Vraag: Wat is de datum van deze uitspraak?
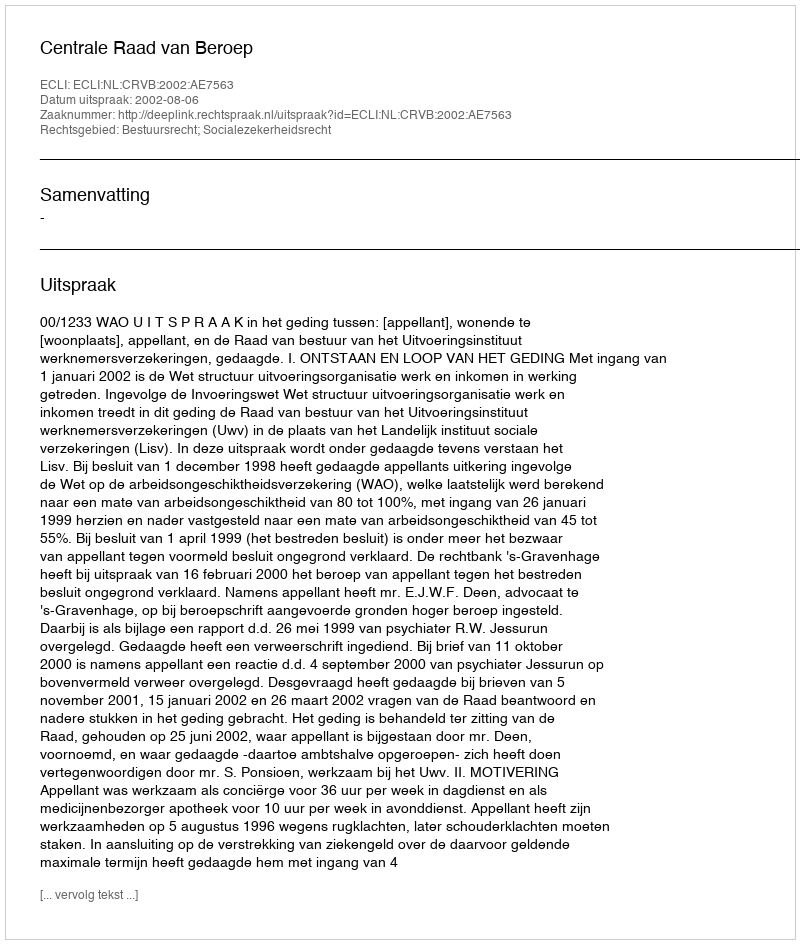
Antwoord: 2002-08-06